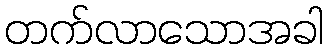
တက်လာသောအခါ